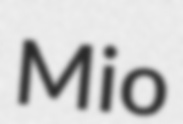
Mio